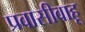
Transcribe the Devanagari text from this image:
प्रवासीवाहू